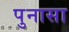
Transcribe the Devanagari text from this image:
पुनासा